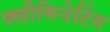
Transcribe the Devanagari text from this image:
फ्लीमिनेटिंग